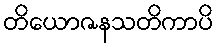
တိယောဇနသတိကာပိ